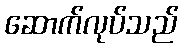
ဆောက်လုပ်သည်